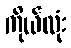
ကိုယ်လုံး